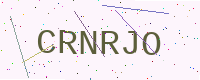
Text: CRNRJO